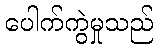
ပေါက်ကွဲမှုသည်